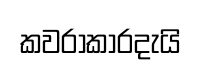
කවරාකාරදැයි